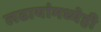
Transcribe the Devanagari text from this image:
लढायांमध्येही